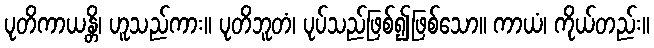
ပုတိကာယန္တိ၊ ဟူသည်ကား။ ပုတိဘူတံ၊ ပုပ်သည်ဖြစ်၍ဖြစ်သော။ ကာယံ၊ ကိုယ်တည်း။